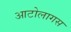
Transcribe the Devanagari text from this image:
आटोलागस